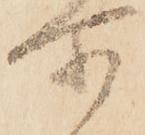
所